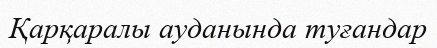
Қарқаралы ауданында туғандар